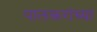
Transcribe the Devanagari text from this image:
पालकरांच्या